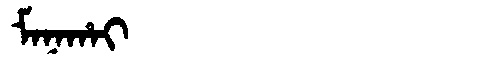
Manchu: ᠮᠠᠨᠠᡥᠠᡳ
Romanization: MANAHAI